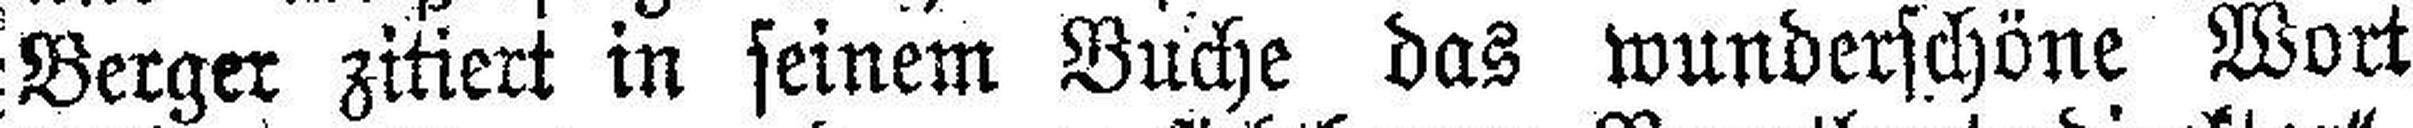
Berger zitiert in seinem Buche das wunderschöne Wort